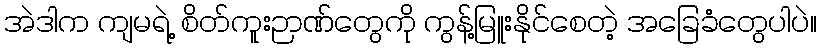
အဲဒါက ကျမရဲ့ စိတ်ကူးဉာဏ်တွေကို ကွန့်မြူးနိုင်စေတဲ့ အခြေခံတွေပါပဲ။